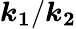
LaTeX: \boldsymbol{k_{1}}/\boldsymbol{k_{2}}